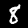
Label: 8